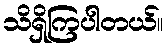
သိရှိကြပါတယ်။